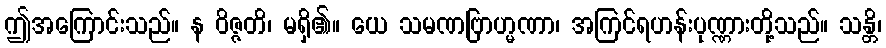
ဤအကြောင်းသည်။ န ဝိဇ္ဇတိ၊ မရှိ၏။ ယေ သမဏဗြာဟ္မဏာ၊ အကြင်ရဟန်းပုဏ္ဏားတို့သည်။ သန္တိ၊